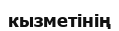
кызметінің